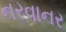
નરવાનર